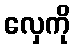
လှေကို